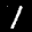
Label: 1